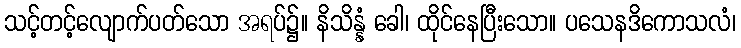
သင့်တင့်လျောက်ပတ်သော အရပ်၌။ နိသိန္နံ ခေါ၊ ထိုင်နေပြီးသော။ ပသေနဒိကောသလံ၊